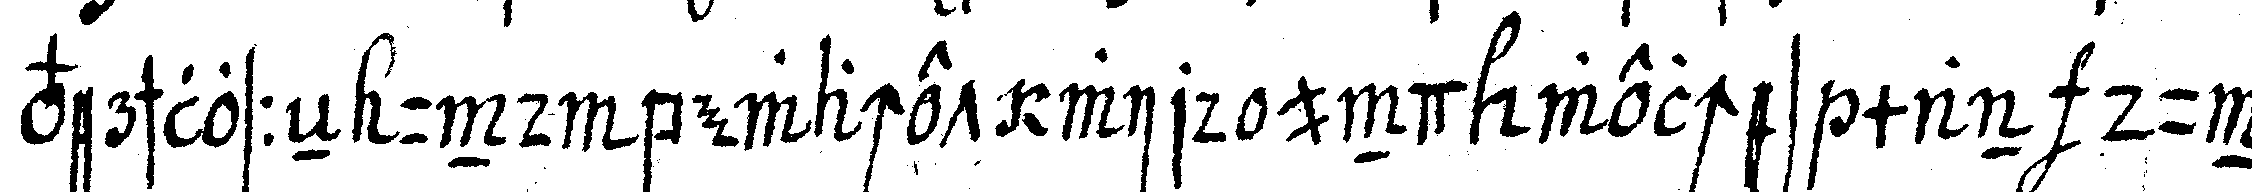
verschlosseN und bewachet wird und welches man dun